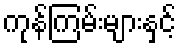
ကုန်ကြမ်းများနှင့်